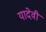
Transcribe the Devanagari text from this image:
यादेवी